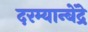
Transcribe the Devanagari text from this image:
दरम्यान्बेंद्रे